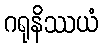
ဂရုနိဿယံ